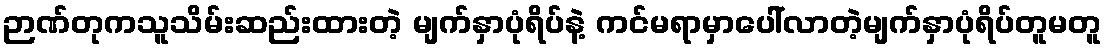
ဉာဏ်တုကသူသိမ်းဆည်းထားတဲ့ မျက်နှာပုံရိပ်နဲ့ ကင်မရာမှာပေါ်လာတဲ့မျက်နှာပုံရိပ်တူမတူ